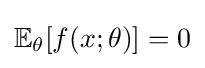
\mathbb {E} _{\theta }[f(x;\theta )]=0